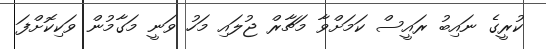
ކުރީގެ ނައިބު ރައީސް ކަމަށްވާ މަޗާރް ޖުލައި މަހު ވަނީ މަގާމުން ވަކިކޮށްފަ